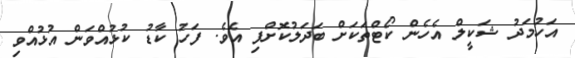
އަހުމަދު ޝަކީލް އެހެން ކޯޓްތަކަށް ބަދަލުކޮށްފި އެވެ. ފަހު ކާޑު ކުޅުއްވަން އުޅުއްވި